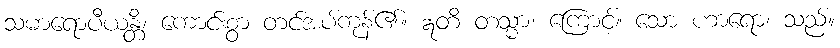
သမာရောပီယန္တိ၊ ကောင်းစွာ တင်အပ်ကုန်၏။ ဣတိ တသ္မာ၊ ကြောင့်။ သော ဟာရော၊ သည်။